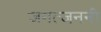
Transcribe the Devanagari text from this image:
जगत्जननी